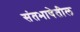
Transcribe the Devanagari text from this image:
संतभाषेतील